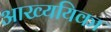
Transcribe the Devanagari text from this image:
आख्ययिका